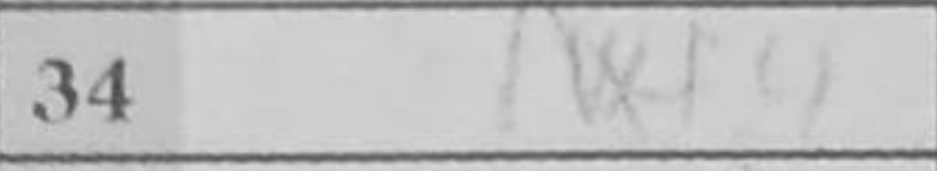
Transcription: Nxf4